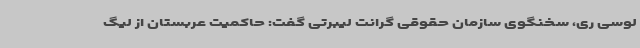
لوسی ری، سخنگوی سازمان حقوقی گرانت لیبرتی گفت: حاکمیت عربستان از لیگ